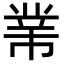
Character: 𢄁